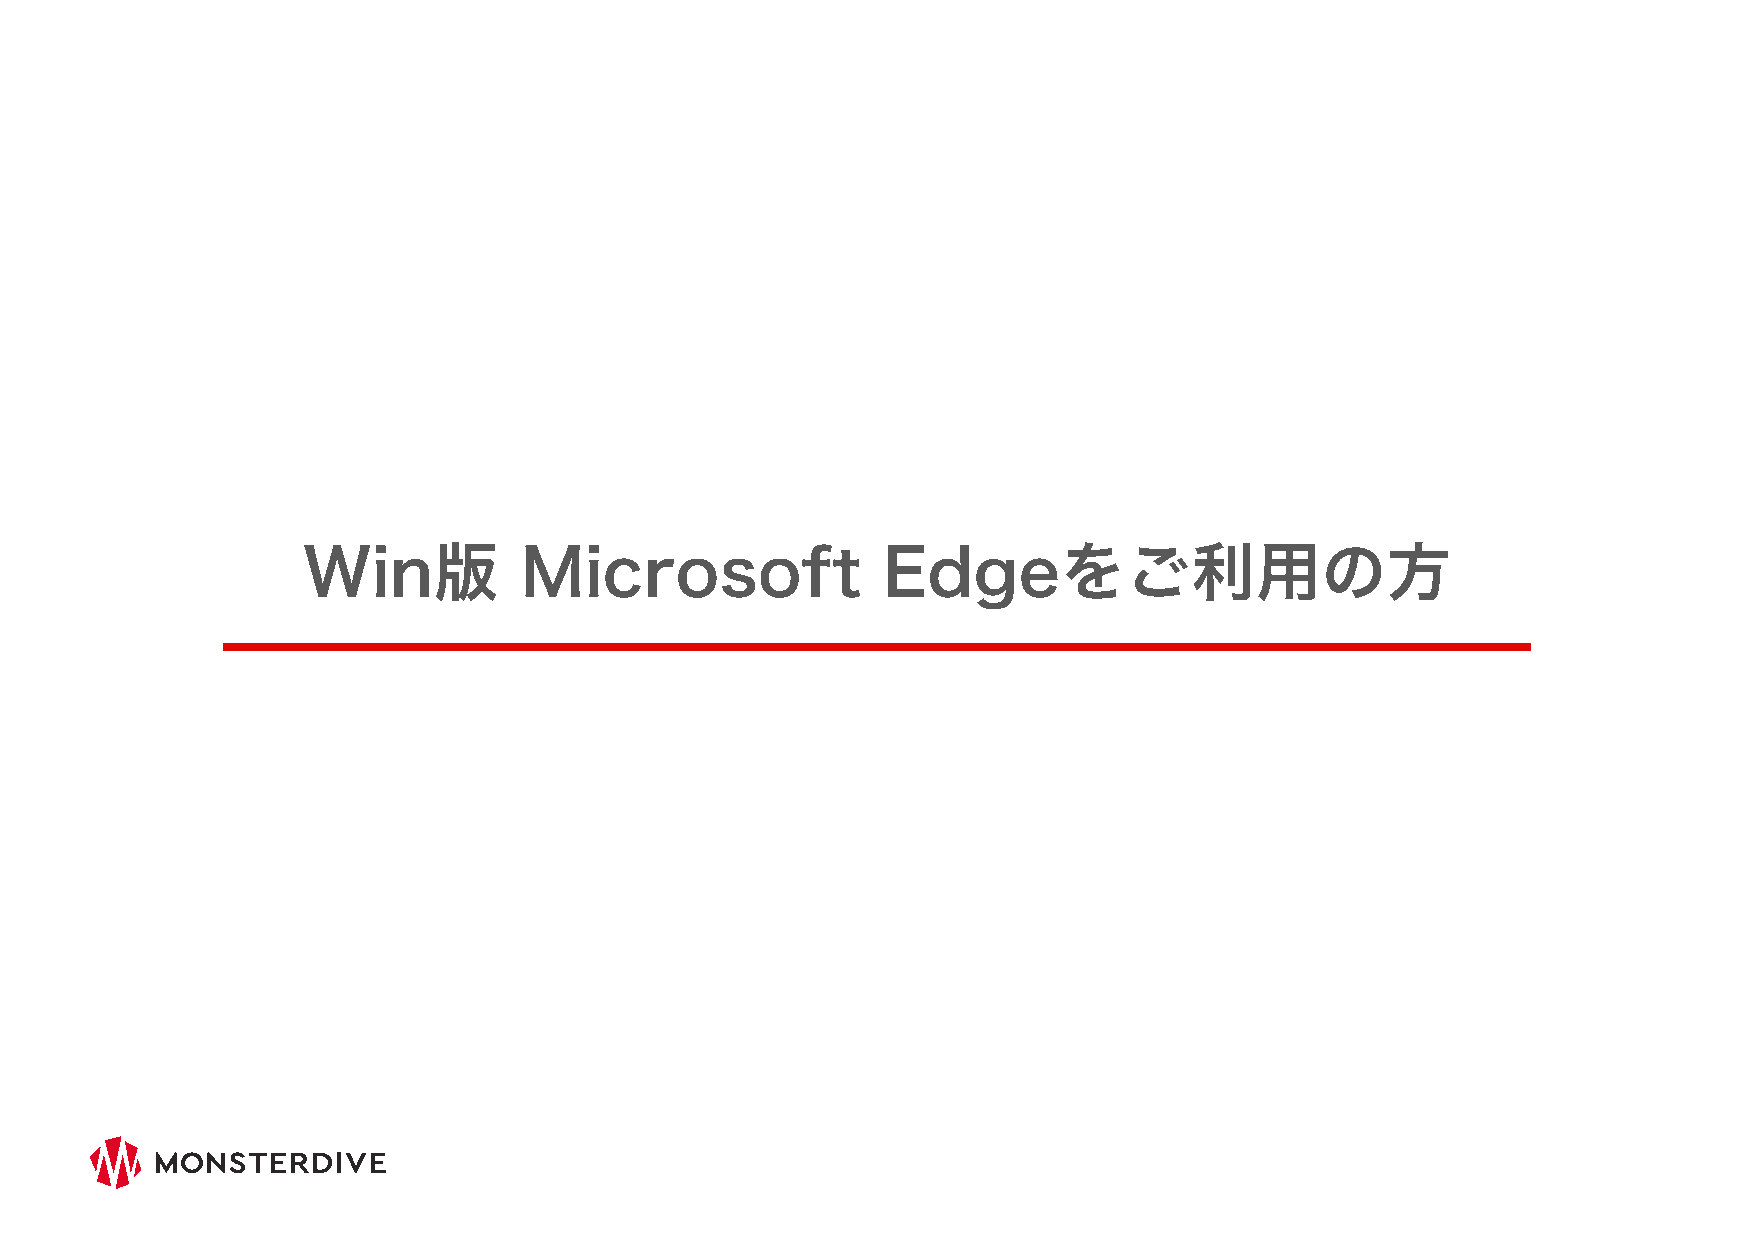
Win版          Microsoft               Edgeをご利用の方